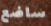
ساضع